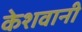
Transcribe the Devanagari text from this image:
केशवानी